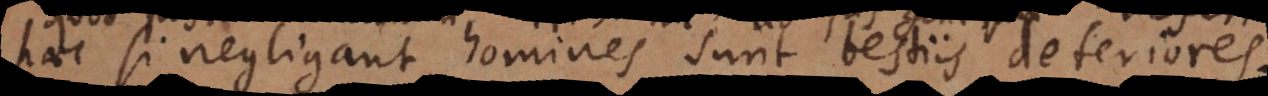
aec si negligant homines sunt bestiis deteriores.